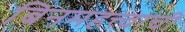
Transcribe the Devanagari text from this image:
बिनमहत्त्वाची